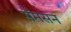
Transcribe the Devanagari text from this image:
सॅमसन